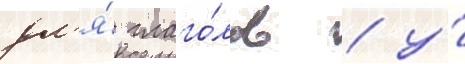
дл'я́ глаго́лов / у́